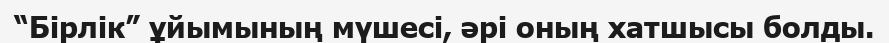
“Бірлік” ұйымының мүшесі, әрі оның хатшысы болды.